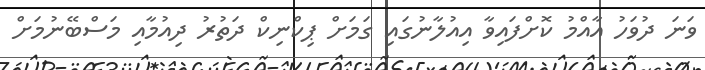
ވަނަ ދުވަހު އާއްމު ކޮށްފައިވާ އިއުލާނުގައި ގަމަށް ޕިކްނިކް ދަތުރު ދިއުމާއި މަސްބޭނުމަށް